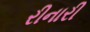
રીનારી